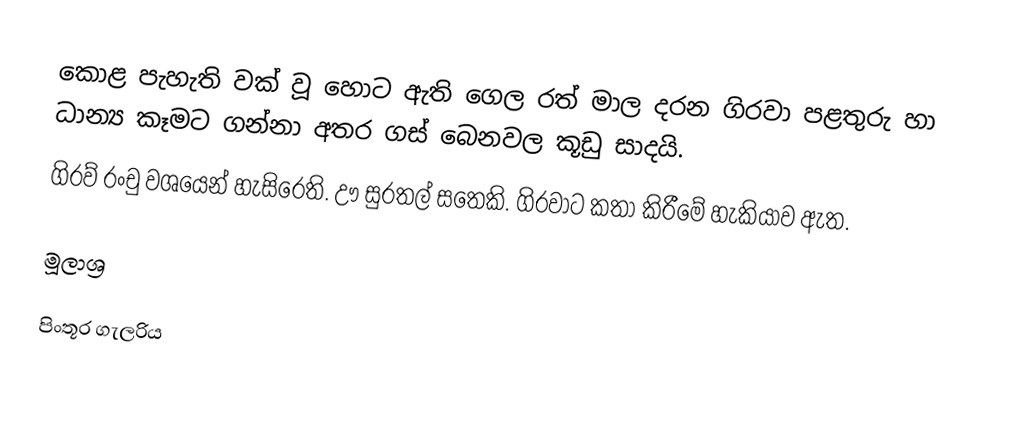
කොළ පැහැති වක් වූ හොට ඇති ගෙල රත් මාල දරන ගිරවා පළතුරු හා ධාන්‍ය කෑමට ගන්නා අතර ගස් බෙනවල කූඩු සාදයි.
ගිරව් රංචු වශයෙන් හැසිරෙති. ඌ සුරතල් සතෙකි. ගිරවාට කතා කිරීමේ හැකියාව ඇත.

මූලාශ්‍ර

පිංතූර ගැලරිය